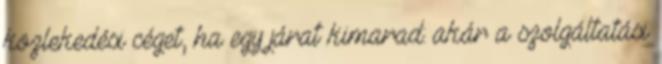
közlekedési céget, ha egy járat kimarad: akár a szolgáltatási